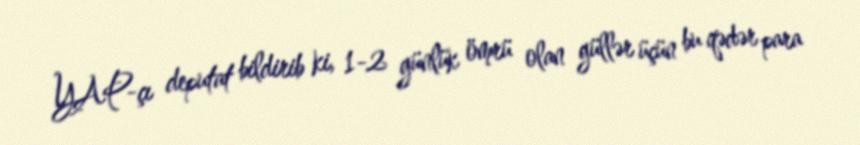
YAP-çı deputat bildirib ki, 1-2 günlük ömrü olan güllər üçün bu qədər para